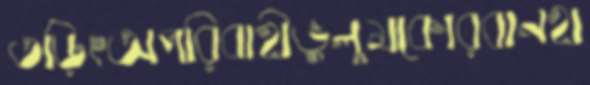
তড়িৎঅপরিবাহীভুলুমকোরবানহা